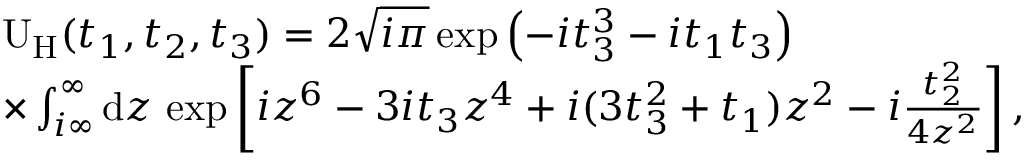
\begin{array} { r l } & { \mathrm { U } _ { \mathrm { H } } ( t _ { 1 } , t _ { 2 } , t _ { 3 } ) = 2 \sqrt { i \pi } \exp \left( - i t _ { 3 } ^ { 3 } - i t _ { 1 } t _ { 3 } \right) } \\ & { \times \int _ { i \infty } ^ { \infty } \mathrm { d } z \, \exp \left[ i z ^ { 6 } - 3 i t _ { 3 } z ^ { 4 } + i ( 3 t _ { 3 } ^ { 2 } + t _ { 1 } ) z ^ { 2 } - i \frac { t _ { 2 } ^ { 2 } } { 4 z ^ { 2 } } \right] , } \end{array}